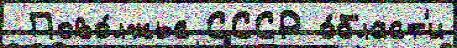
 Пово́лжье СССР о́бласт'и